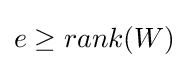
e\geq rank(W)